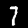
Label: 7